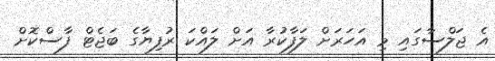
އެ ޖަލްސާގައި މި އަހަރަށް ލަފާކުރާ އަށް ލައްކަ ރުފިޔާގެ ބަޖެޓް ފާސްކޮށް